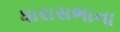
ધારાસભાના